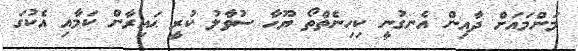
މަންމައަށް ދާއިން އެނގުނީ ކިހިނެތްތޯ ޔޫހާ ސުވާލު ކުރީ ޙައިރާން ކަމާއި އެކުގަ